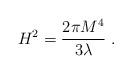
LaTeX: \begin{align*}H^2 = {2\pi M^4 \over 3 \lambda } \ .\end{align*}